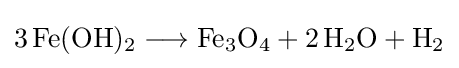
{3\,\mathrm {Fe} (\mathrm {OH} ){\vphantom {A}}_{\smash[{t}]{2}}{}\mathrel {\longrightarrow } {}\mathrm {Fe} {\vphantom {A}}_{\smash[{t}]{3}}\mathrm {O} {\vphantom {A}}_{\smash[{t}]{4}}{}+{}2\,\mathrm {H} {\vphantom {A}}_{\smash[{t}]{2}}\mathrm {O} {}+{}\mathrm {H} {\vphantom {A}}_{\smash[{t}]{2}}}